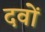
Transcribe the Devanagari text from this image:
दवों